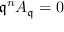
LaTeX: { \mathfrak { q } } ^ { n } A _ { \mathfrak { q } } = 0